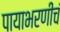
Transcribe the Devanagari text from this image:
पायाभरणीचं